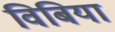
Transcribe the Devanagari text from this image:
विबिया